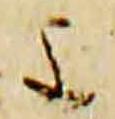
重